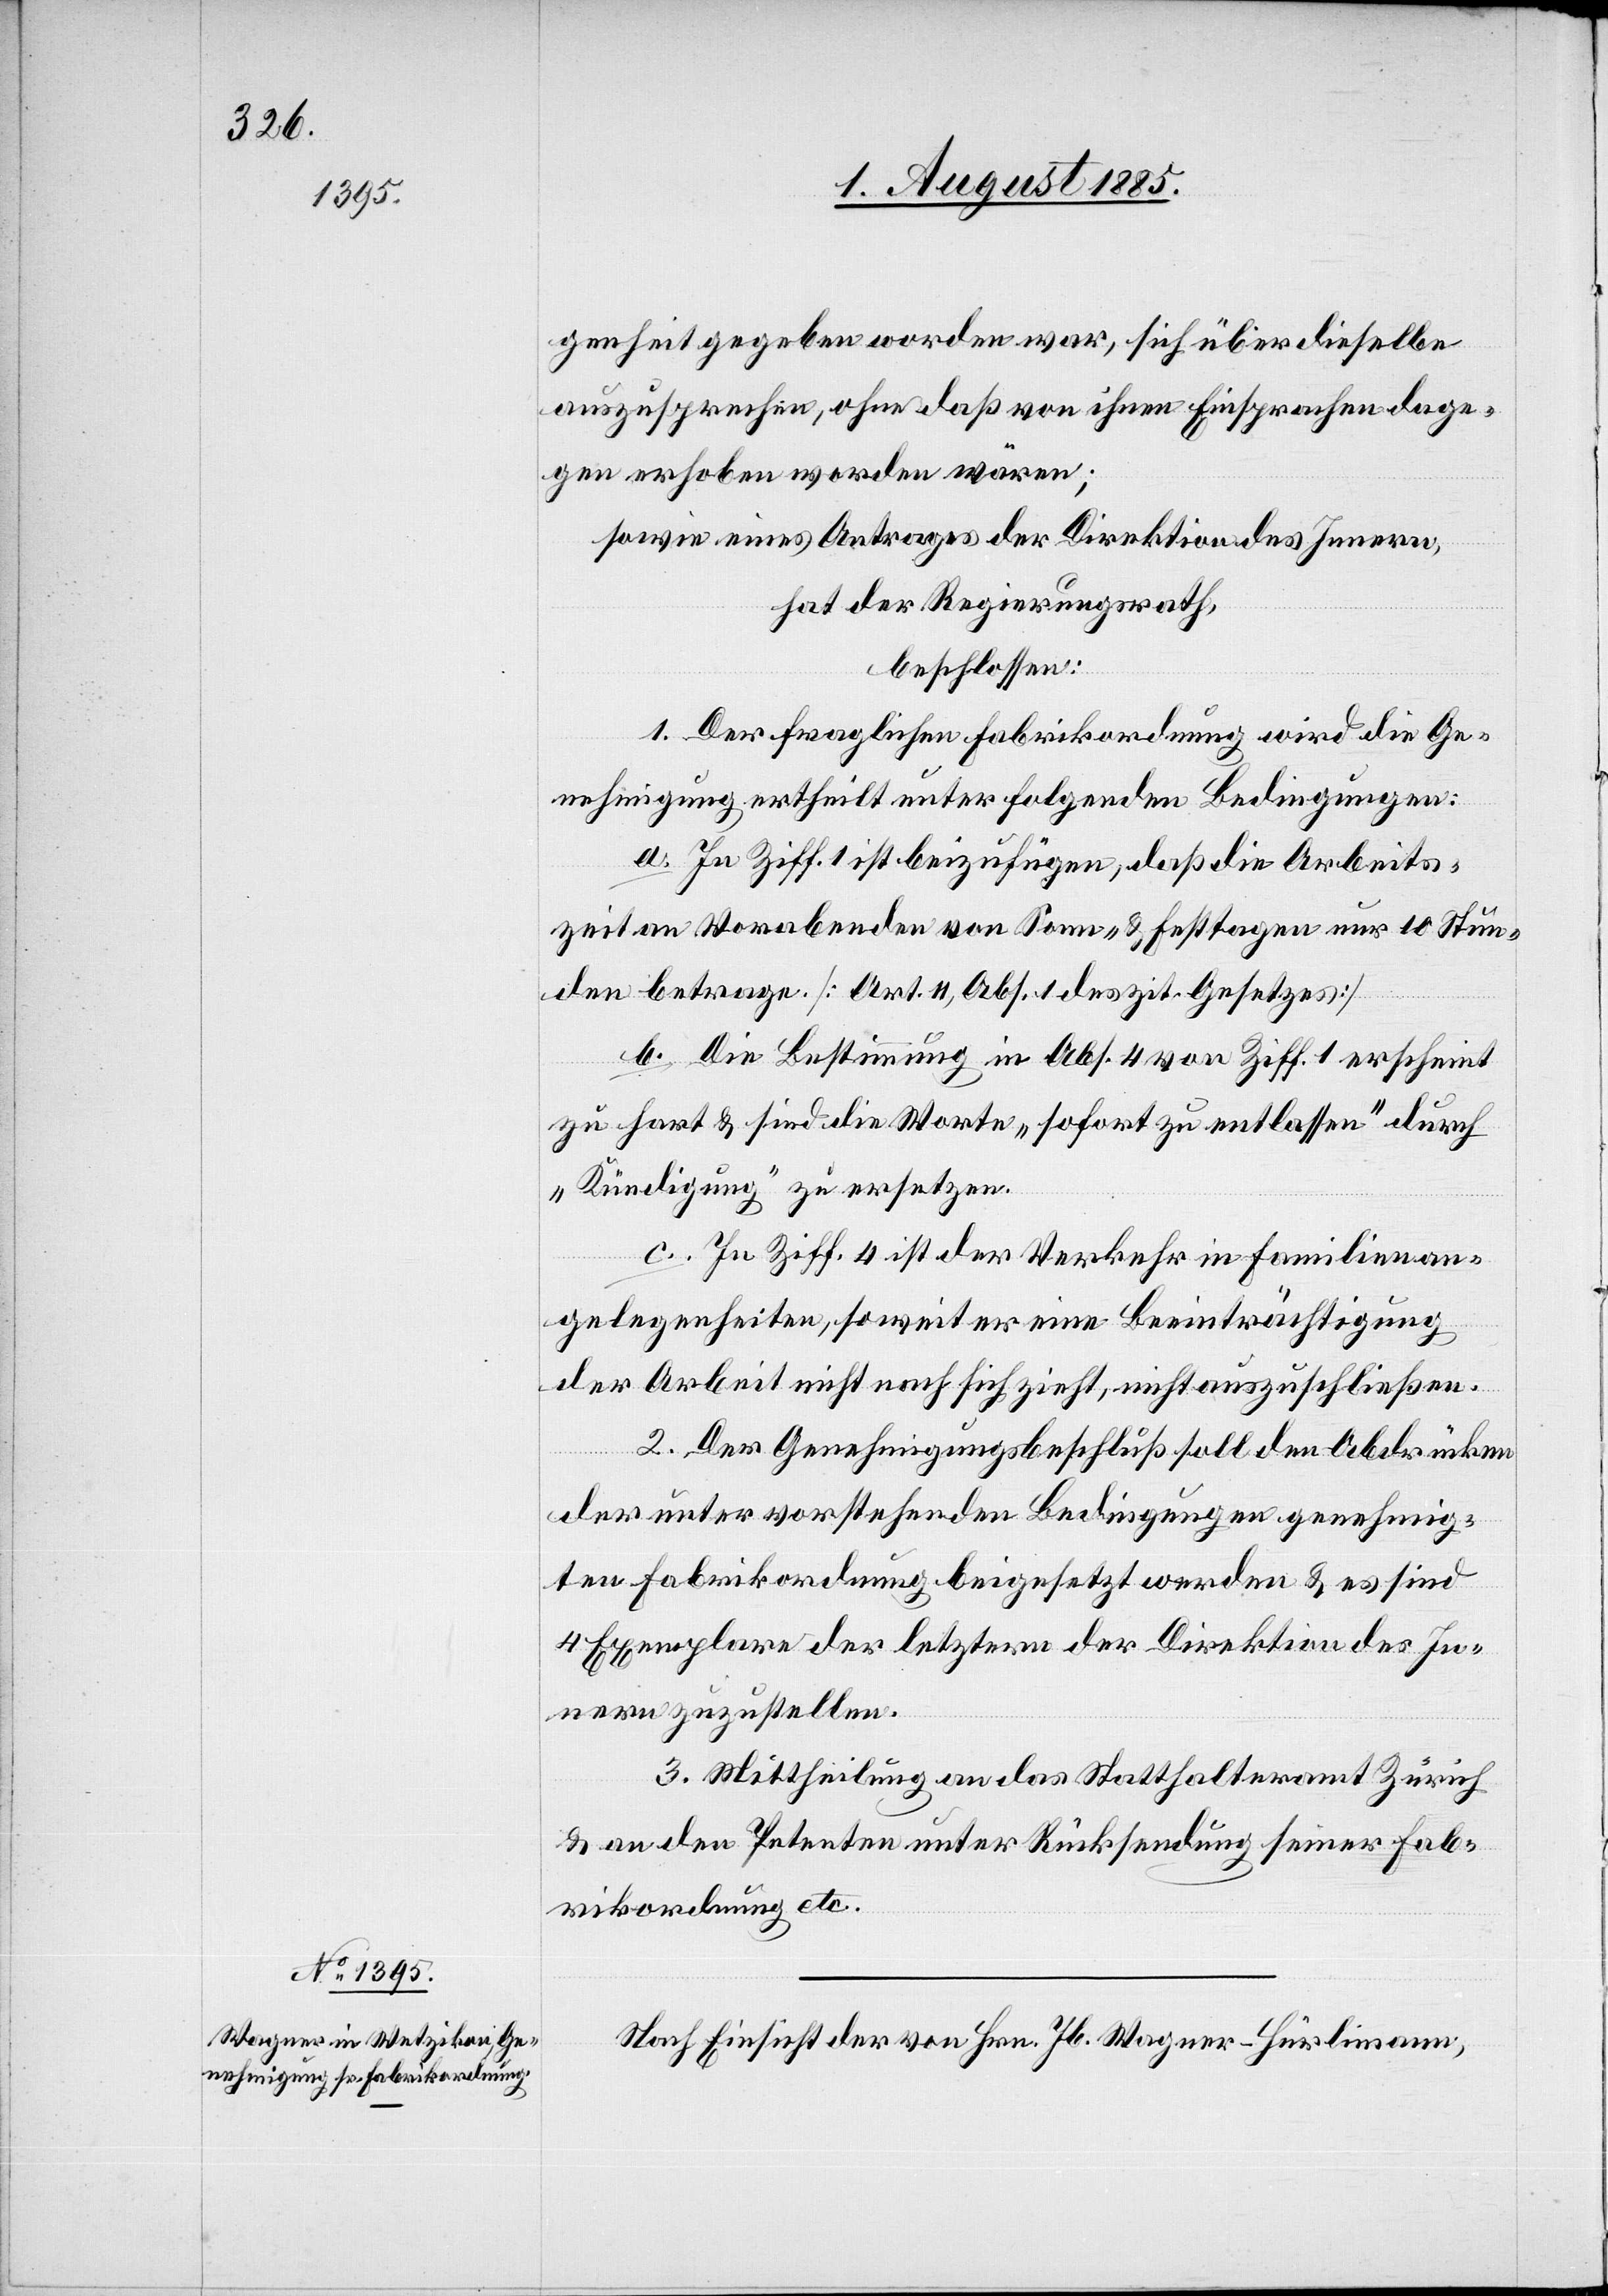
genheit gegeben worden war, sich über dieselbe
auszusprechen, ohne daß von ihnen Einsprachen dage¬
gen erhoben worden wären;
sowie eines Antrages der Direktion des Innern,
hat der Regierungsrath,
beschlossen:
1. Der fraglichen Fabrikordnung wird die Ge¬
nehmigung ertheilt unter folgenden Bedingungen:
a. In Ziff. 1 ist beizufügen, daß die Arbeits¬
zeit an Vorabenden von Sonn- & Festtagen nur 10 Stun¬
den betrage [Art. 11, Abs. 1 des zit. Gesetzes]
b. Die Bestimmung in Abs. 4 von Ziff. 1 erscheint
zu hart & sind die Worte „sofort zu entlassen“ durch
„Kündigung“ zu ersetzen.
c. In Ziff. 4 ist der Verkehr in Familienan¬
gelegenheiten, soweit er eine Beeinträchtigung
der Arbeit nicht nach sich zieht, nicht auszuschließen.
2. Der Genehmigungsbeschluß soll den Abdrücken
der unter vorstehenden Bedingungen genehmig¬
ten Fabrikordnung beigesetzt werden & es sind
4 Exemplare der letztern der Direktion des In¬
nern zuzustellen.
3. Mittheilung an das Statthalteramt Zürich
& an den Petenten unter Rücksendung seiner Fab¬
rikordnung etc.“
Nach Einsicht der von Hrn. Jb. Wagner-Hürlimann,